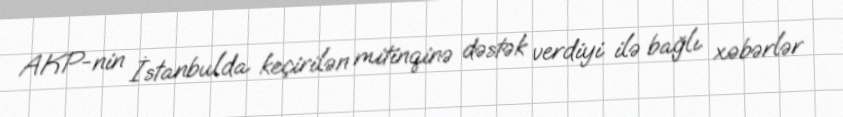
AKP-nin İstanbulda keçirilən mitinqinə dəstək verdiyi ilə bağlı xəbərlər